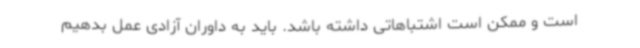
است و ممکن است اشتباهاتی داشته باشد. باید به داوران آزادی عمل بدهیم